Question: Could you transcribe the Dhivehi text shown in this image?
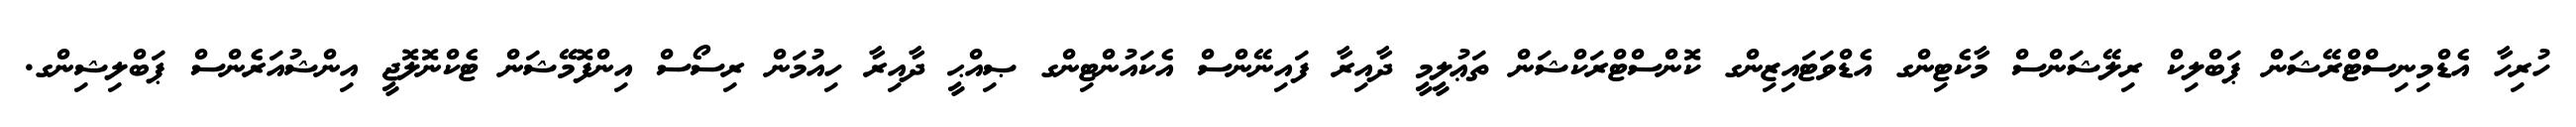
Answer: ހުރިހާ އެޑްމިނިސްޓްރޭޝަން ޕަބްލިކް ރިލޭޝަންސް މާކެޓިންގ އެޑްވަޓައިޒިންގ ކޮންސްޓްރަކްޝަން ތަޢުލީމީ ދާއިރާ ފައިނޭންސް އެކައުންޓިންގ ޞިއްޙީ ދާއިރާ ހިއުމަން ރިސޯސް އިންފޮމޭޝަން ޓެކްނޮލޮޖީ އިންޝުއަރެންސް ޕަބްލިޝިންގ.